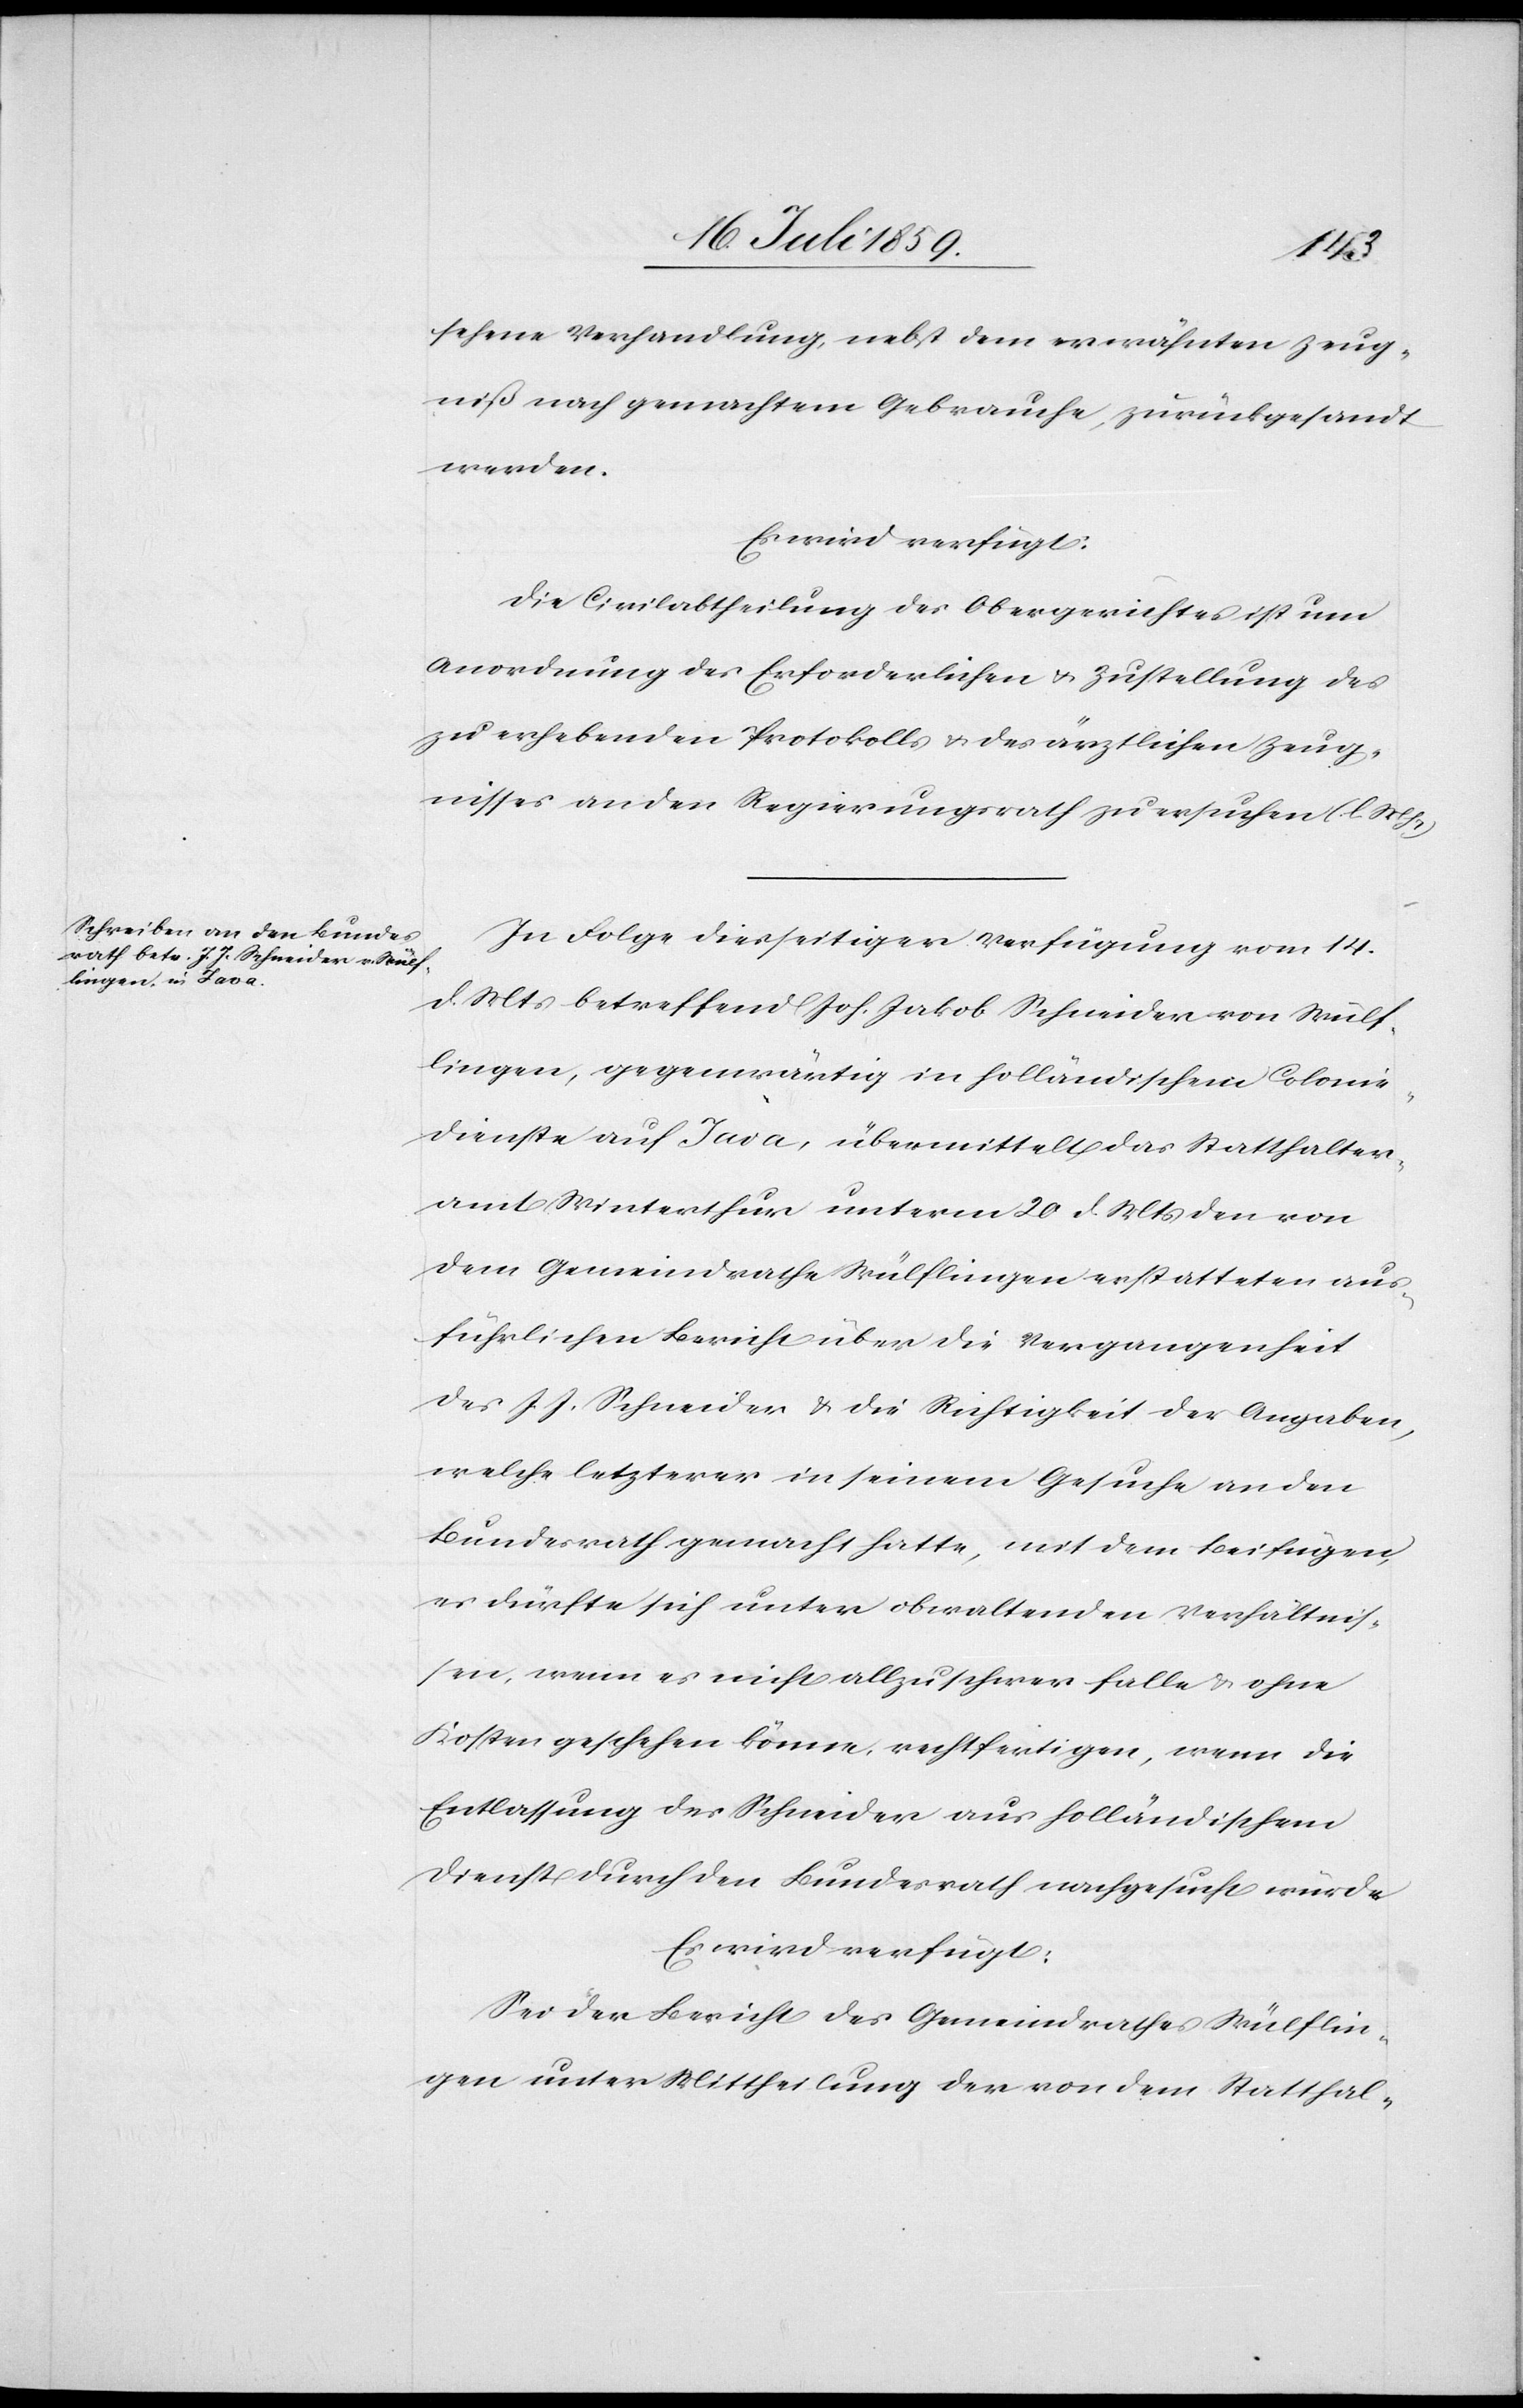
21. Juli 1859.]
sehene Verhandlung, nebst dem erwähnten Zeug¬
niß nach gemachtem Gebrauche, zurückgesandt
werden.
Es wird verfügt:
Die Civilabtheilung des Obergerichtes ist um
Anordnung des Erforderlichen u. Zustellung des
zu erhebenden Protokolls u. des ärztlichen Zeug¬
nisses an den Regierungsrath zu ersuchen (l. M. h.
In Folge diesseitiger Verfügung vom 14.
d. Mts. betreffend Joh. Jakob Schneider von Wülf¬
lingen, gegenwärtig in holländischem Colonie¬
dienste auf Java, übermittelt das Statthalter¬
amt Winterthur unterm 20 d. Mts. den von
dem Gemeindrathe Wülflingen erstatteten aus¬
führlichen Bericht über die Vergangenheit
des J. J. Schneider u. die Richtigkeit der Angaben,
welche letzterer in seinem Gesuche an den
Bundesrath gemacht hatte, mit dem Beifügen,
es dürfte sich unter obwaltenden Verhältnis¬
sen, wenn es nicht allzuschwer falle u. ohne
Kosten geschehen könne, rechtfertigen, wenn die
Entlassung des Schneider aus holländischem
Dienst durch den Bundesrath nachgesucht würde
Es wird verfügt:
Sei der Bericht des Gemeindrathes Wülflin¬
gen unter Mittheilung der von dem Statthal-